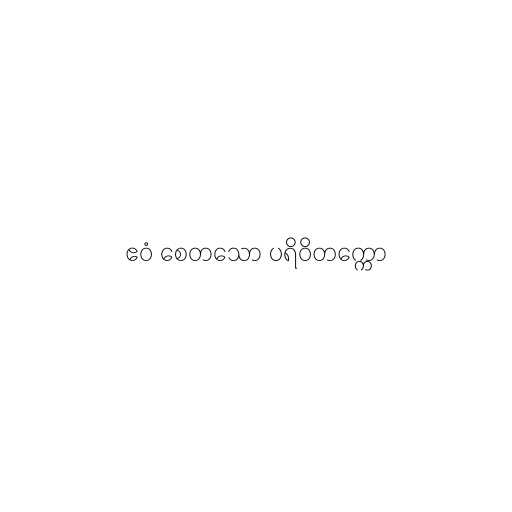
ဧဝံ စေတသော ပရိဝိတက္ကော